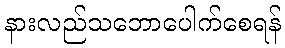
နားလည်သဘောပေါက်စေရန်